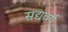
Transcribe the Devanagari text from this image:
सद्यवर्ष